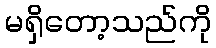
မရှိတော့သည်ကို